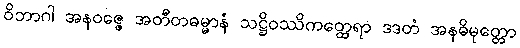
ဝိဘာဂါ အနဝဇ္ဇေ အတီတဓမ္မာနံ သဋ္ဌိဝဿိကတ္ထေရာ ဒဒတံ အနဓိမုတ္တော